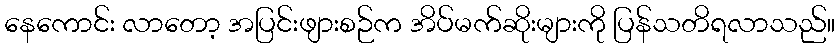
နေကောင်း လာတော့ အပြင်းဖျားစဉ်က အိပ်မက်ဆိုးများကို ပြန်သတိရလာသည်။